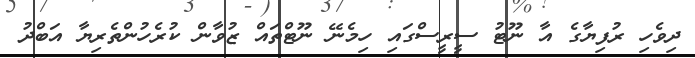
ދިވެހި ރުފިޔާގެ އާ ނޫޓު ސީރީސްގައި ހިމެނޭ ނޫޓްތައް ޒުވާން ކުރެހުންތެރިޔާ އަބްދު